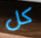
كل